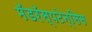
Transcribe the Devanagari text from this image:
मॅडरॅस्पटेन्सिस